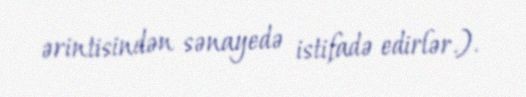
ərintisindən sənayedə istifadə edirlər.).